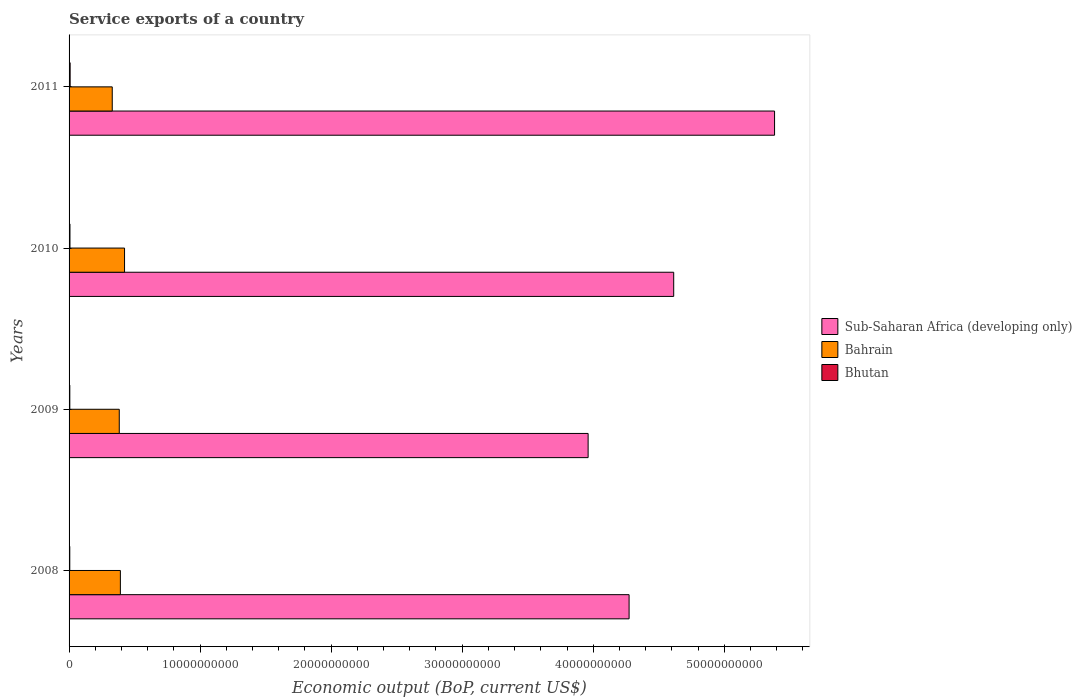
| Years | Sub-Saharan Africa (developing only) | Bahrain | Bhutan |
 | --- | --- | --- | --- |
 | 2008 | 4.27e+10 | 3.92e+09 | 5.48e+07 |
 | 2009 | 3.96e+10 | 3.83e+09 | 5.63e+07 |
 | 2010 | 4.61e+10 | 4.23e+09 | 6.88e+07 |
 | 2011 | 5.38e+10 | 3.3e+09 | 8.19e+07 |